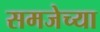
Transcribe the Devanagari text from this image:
समजेच्या